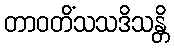
တာဝတိံသသဒိသန္တိ